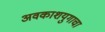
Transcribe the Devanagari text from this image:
अवकाशयुगाचा